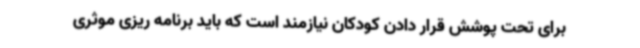
برای تحت پوشش قرار دادن کودکان نیازمند است که باید برنامه ریزی موثری